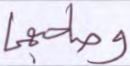
وصاحبهما